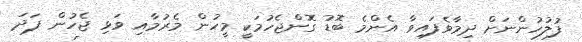
ފުލުހުންނަށް ދިމާވެފައިވާ އެންމެ ބޮޑު ގޮންޖެހުމަކީ މީހުން މެރުމާއި ވަޅި ޖެހުން ފަދަ